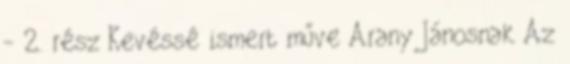
- 2. rész Kevéssé ismert műve Arany Jánosnak Az